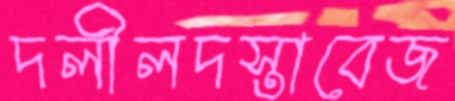
দলীলদস্তাবেজ